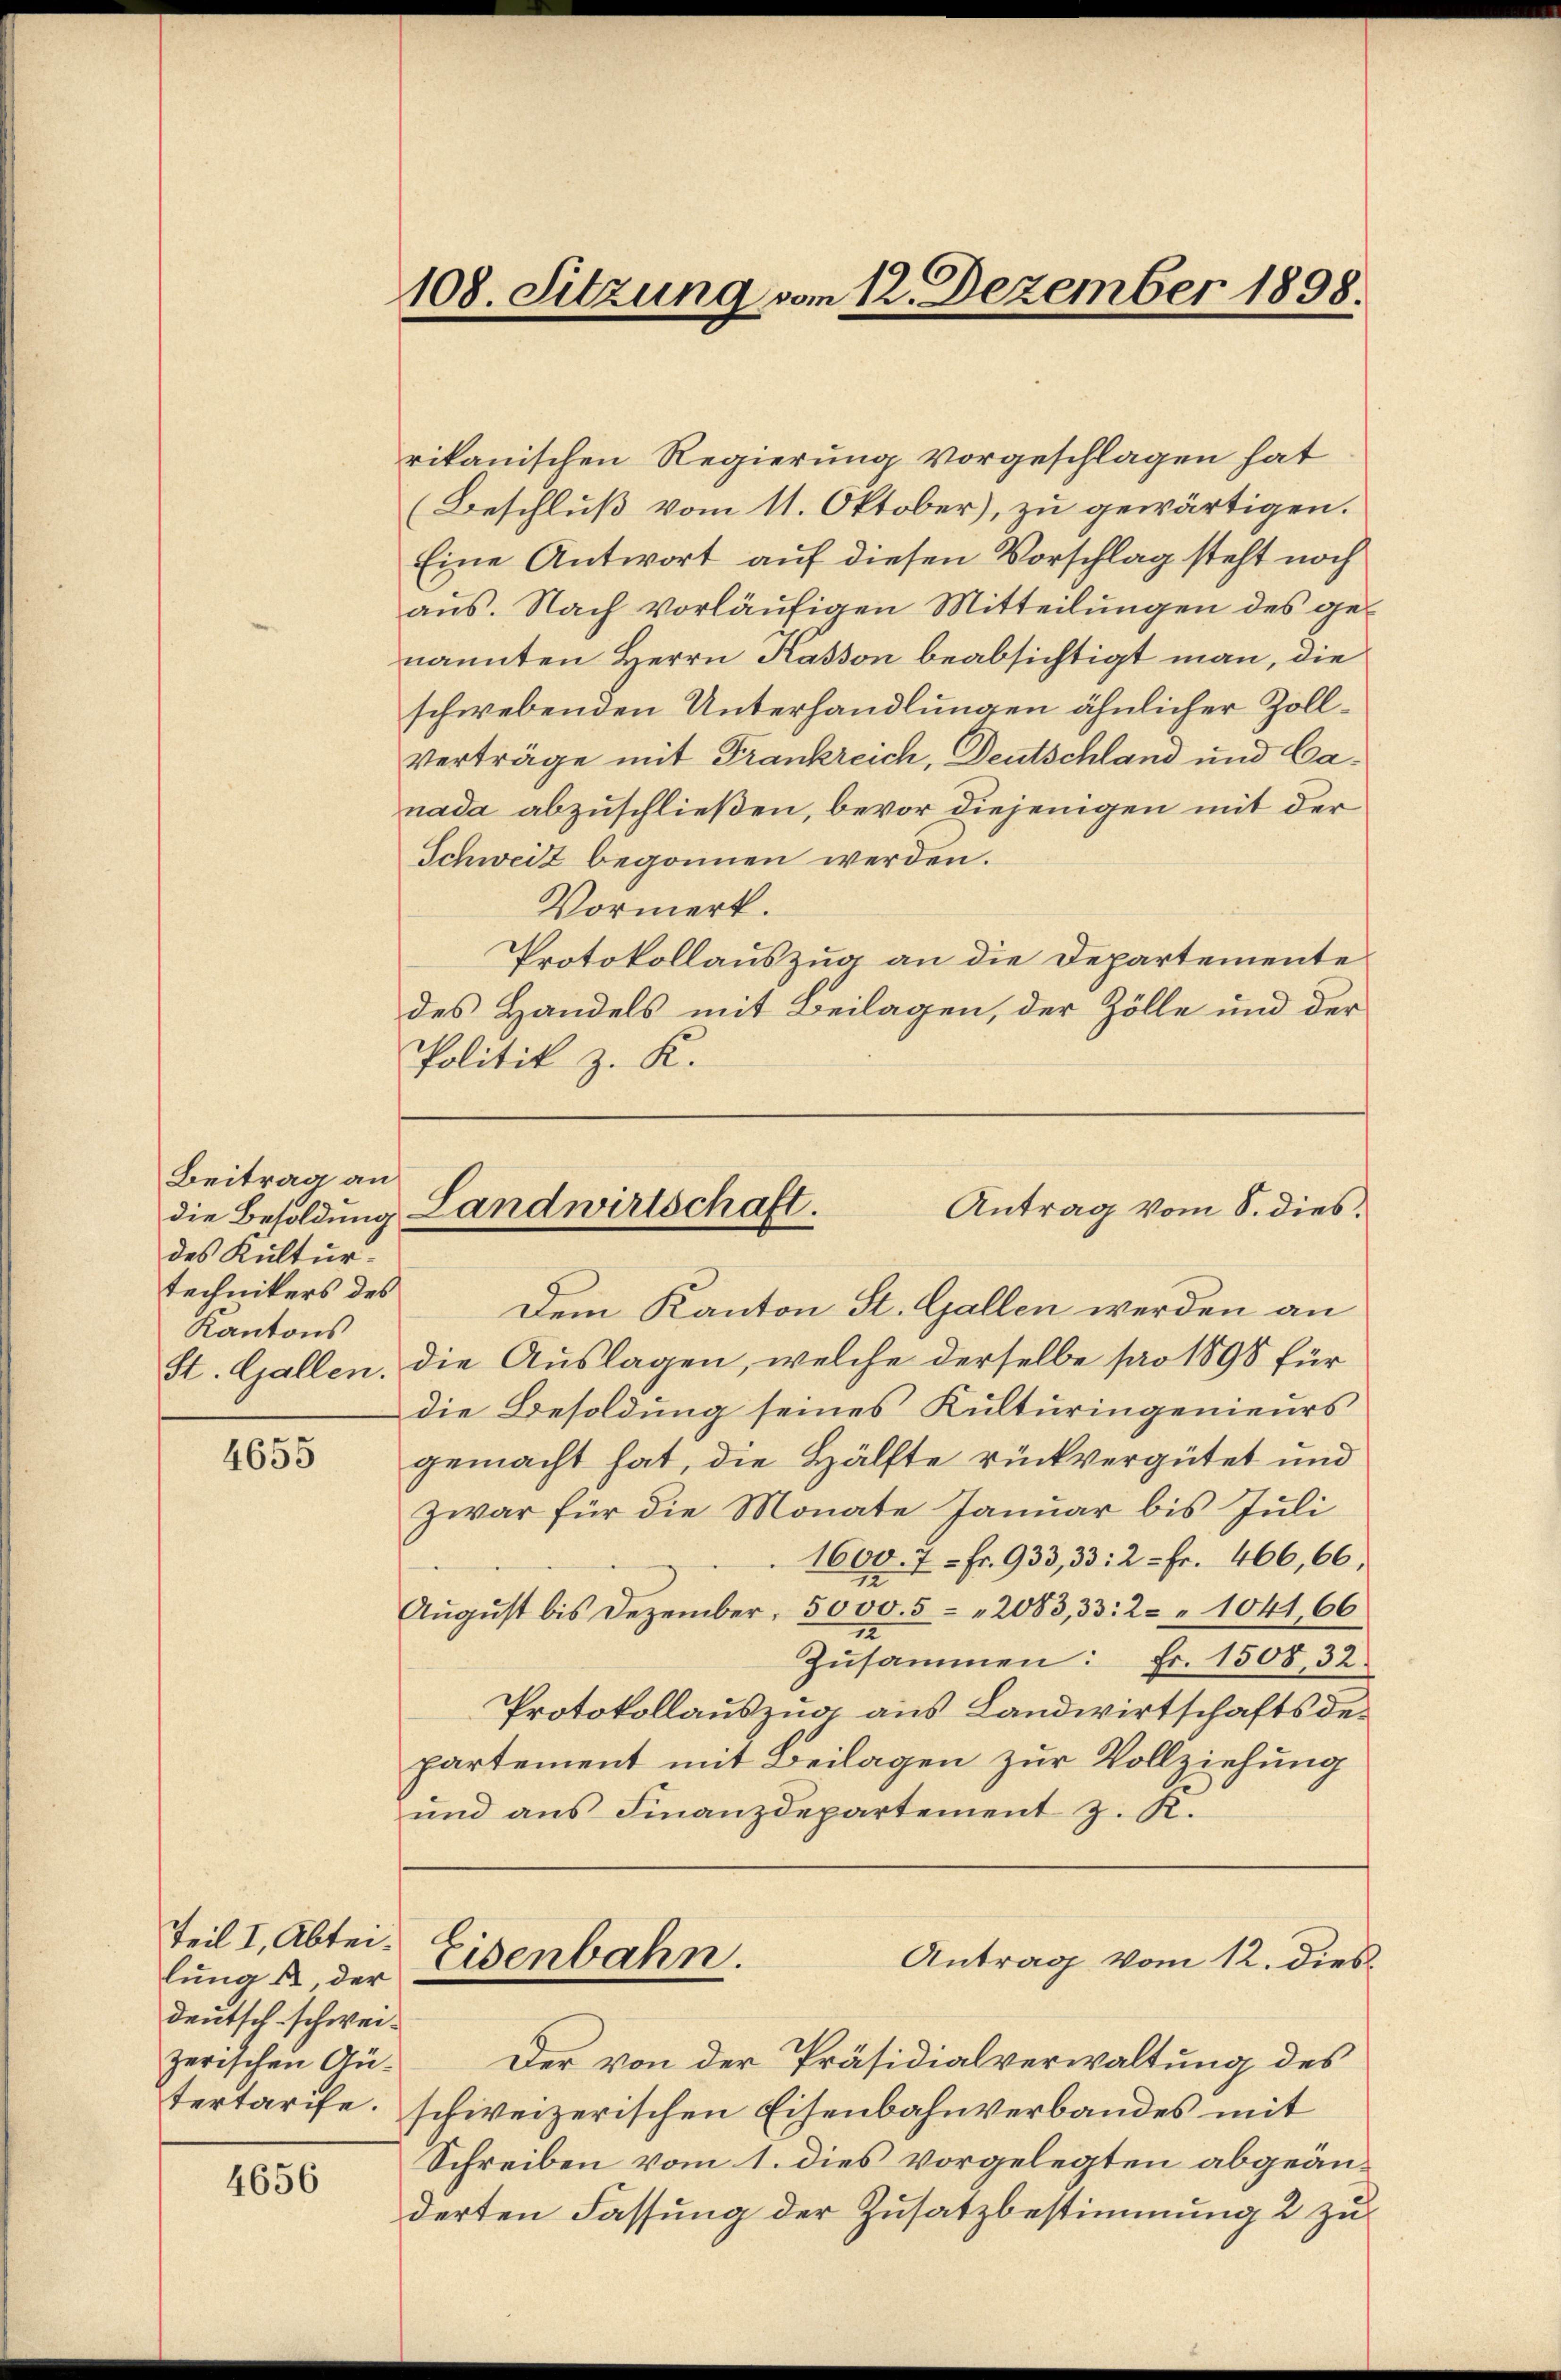
Beitrag an
die Besoldung
des Kultur.
technikers des
Kantons

4655

Teil I, Abteilung , der
deutsch schweizerischen Gütertarife.

4656

rikanischen Regierung vorgeschlagen hat
(Beschluß vom 11. Oktober), zu gewärtigen.
Eine Antwort auf diesen Vorschlag steht noch
aus. Nach vorläufigen Mitteilungen des genannten Herrn Kasson beabsichtigt man, die
schwebenden Unterhandlungen ähnlicher Zoll¬
Verträge mit Frankreich, Deutschland und Canada abzuschließen, bevor diejenigen mit der
Schweiz begonnen werden.
Vormerk.
Protokollauszug an die Departemente
des Handels mit Beilagen, der Zölle und der
Politik z. K.

108. Sitzung vom 12. Dezember 1898.
f

Dem Kanton St. Gallen werden an
St. Gallen. Die Auslagen, welche derselbe pro 1898 für
die Besoldung seines Kulturingenieurs
gemacht hat, die Hälfte rückvergütet und
zwar für die Monate Januar bis Juli
1600. 7 - Fr. 933,33: 2 - Fr. 466,66.
August bis Dezember, 5000. 5 " 2083,33: 2 " 1041,66
Zusammen: Fr. 1508, 32.
Protokollauszug aus Landwirtschaftsdepartement mit Beilagen zur Vollziehung
und aus Finanzdepartement z. K.
Antrag vom 12. dies
Eisenbahn.
Der von der Präsidialverwaltung des
schweizerischen Eisenbahnverbandes mit
Schreiben vom 1. dies vorgelegten abgeänderten Fassung der Zusatzbestimmung 2 zu

Landwirtschaft.
Antrag vom S. dies